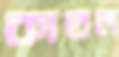
কাতল